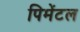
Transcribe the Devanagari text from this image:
पिमेंटल